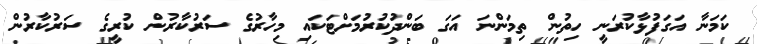
ކަމަނާ އަގަފުޅާކުރަނީ ހިތުން ތިމަންނަ އަގަ ބަންދުކުރުމަށްޓަކައި މިހާރުގެ ސަރުކާރުން ކުރީގެ ސަރުކާރުން